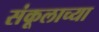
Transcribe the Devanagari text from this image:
संकूलाच्या